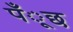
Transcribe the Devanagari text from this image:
पँूछ